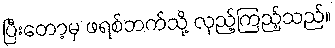
ပြီးတော့မှ ဖရစ်ဘက်သို့ လှည့်ကြည့်သည်။